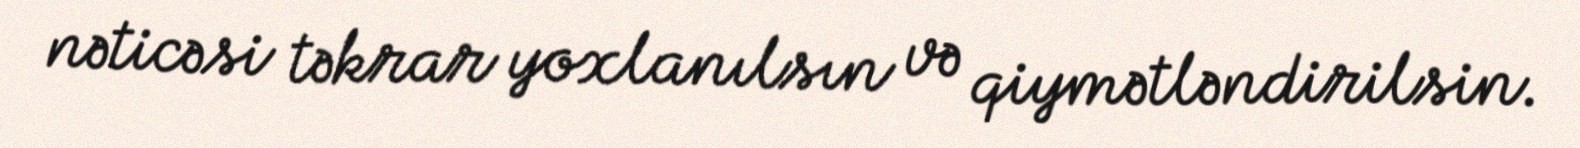
nəticəsi təkrar yoxlanılsın və qiymətləndirilsin.